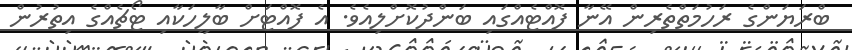
ބްރަޔަންގެ ރަހުމަތްތެރިން އޭނާ ފޮއްޓެއްގައި ބަންދުކޮށްލިއެވެ. އެ ފޮއްޓަށް ބާލީހަކާއި ޓޯޗެއްގެ އިތުރުން